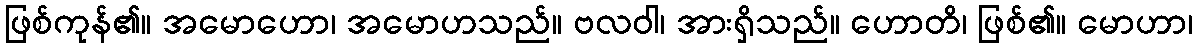
ဖြစ်ကုန်၏။ အမောဟော၊ အမောဟသည်။ ဗလဝါ၊ အားရှိသည်။ ဟောတိ၊ ဖြစ်၏။ မောဟာ၊